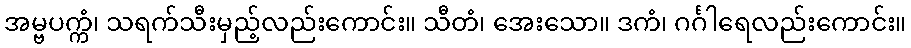
အမ္ဗပက္ကံ၊ သရက်သီးမှည့်လည်းကောင်း။ သီတံ၊ အေးသော။ ဒကံ၊ ဂင်္ဂါရေလည်းကောင်း။